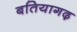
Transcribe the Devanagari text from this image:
बतियागढ़